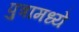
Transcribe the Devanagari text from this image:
पुत्रामध्ये